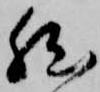
然